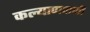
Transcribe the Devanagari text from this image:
कल्याणवाणी